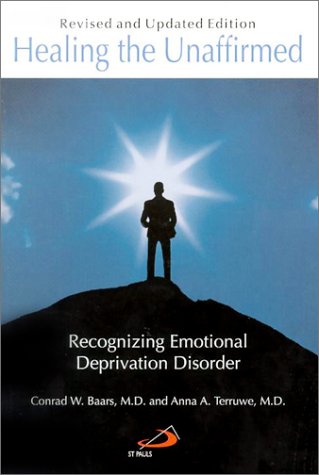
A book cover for Healing the Unaffirmed: Recognizing Emotional Deprivation Disorder (Revised and Updated Edition); Conrad W. Baars; Medical Books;